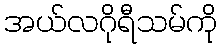
အယ်လဂိုရီသမ်ကို